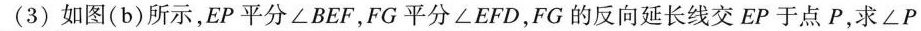
(3)如图(b)所示，EP平分∠BEF，FG平分∠EFD，FG的反向延长线交EP于点P，求∠P